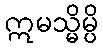
ဣမသ္မိမ္ပိ